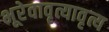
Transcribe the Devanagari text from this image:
भूरेवावृत्यावृत्य